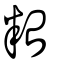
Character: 𥹋